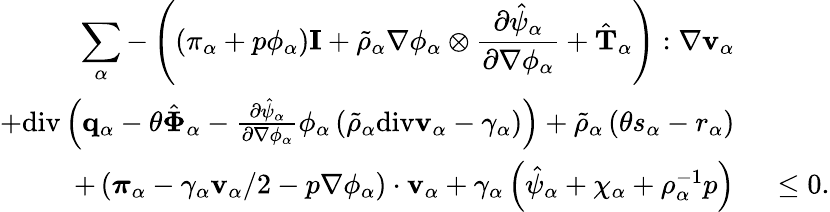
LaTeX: \begin{array}{rl}{\displaystyle\sum_{\alpha}-\left((\pi_{\alpha}+p\phi_{\alpha})\mathbf{I}+\tilde{\rho}_{\alpha}\nabla\phi_{\alpha}\otimes\frac{\partial\hat{\psi}_{\alpha}}{\partial\nabla\phi_{\alpha}}+\hat{\mathbf{T}}_{\alpha}\right):\nabla\mathbf{v}_{\alpha}}&{{}}\\ {+\mathrm{div}\left(\mathbf{q}_{\alpha}-\theta\hat{\boldsymbol{\Phi}}_{\alpha}-\frac{\partial\hat{\psi}_{\alpha}}{\partial\nabla\phi_{\alpha}}\phi_{\alpha}\left(\tilde{\rho}_{\alpha}\mathrm{div}\mathbf{v}_{\alpha}-\gamma_{\alpha}\right)\right)+\tilde{\rho}_{\alpha}\left(\theta s_{\alpha}-r_{\alpha}\right)}&{{}}\\ {+\left(\boldsymbol{\pi}_{\alpha}-\gamma_{\alpha}\mathbf{v}_{\alpha}/2-p\nabla\phi_{\alpha}\right)\cdot\mathbf{v}_{\alpha}+\gamma_{\alpha}\left(\hat{\psi}_{\alpha}+\chi_{\alpha}+\rho_{\alpha}^{-1}p\right)}&{{}~\leq 0.}\end{array}